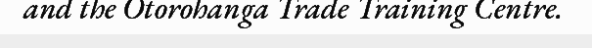
and the Otorohanga Trade Training Centre.